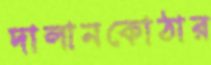
দালানকোঠার